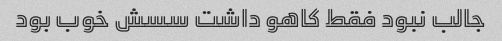
جالب نبود فقط کاهو داشت سسش خوب بود